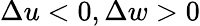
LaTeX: \Delta u<0,\Delta w>0